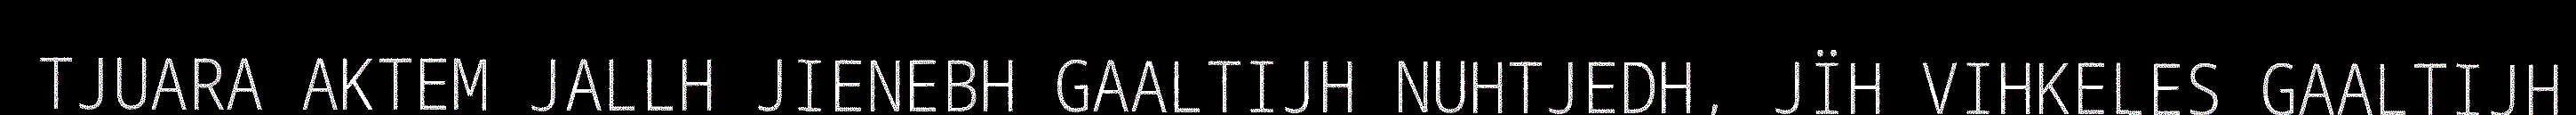
TJUARA AKTEM JALLH JIENEBH GAALTIJH NUHTJEDH, JÏH VIHKELES GAALTIJH